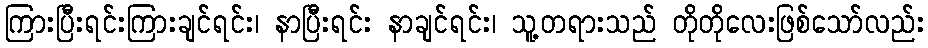
ကြားပြီးရင်းကြားချင်ရင်း၊ နာပြီးရင်း နာချင်ရင်း၊ သူ့တရားသည် တိုတိုလေးဖြစ်သော်လည်း